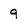
Character: 9